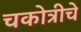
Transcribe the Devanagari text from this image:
चकोत्रीचे